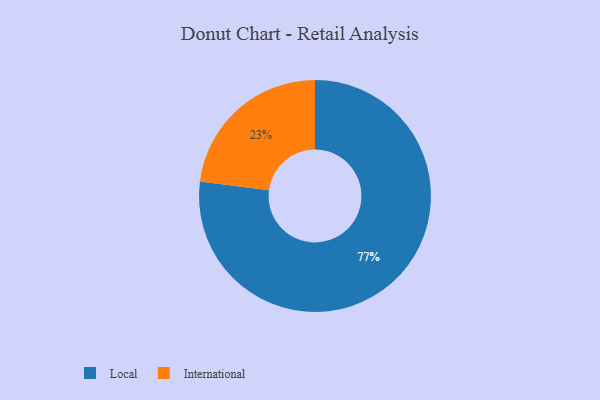
{"axis": {"x": "Category", "y": "Percentage"}, "legend": ["International", "Local"], "data": [{"x": "Local", "y": 77, "type": "Local"}, {"x": "International", "y": 23, "type": "International"}]}